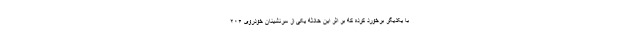
با یکدیگر برخورد کرده که بر اثر این حادثه یکی از سرنشینان خودروی ۲۰۶